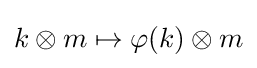
k\otimes m\mapsto \varphi (k)\otimes m